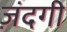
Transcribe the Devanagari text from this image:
ज़ंदगी